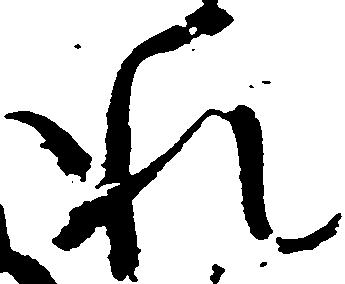
れ